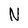
Character: N